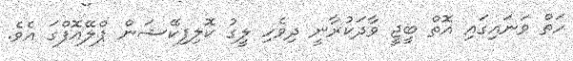
ހަތް ވަަނައިގައި އޮތް ބީޖީ ވާދަކުރާނީ ދިވެހި ލީގު ކޮލިފިކޭޝަން ޕްލޭއޮފްގަ އެވެ.